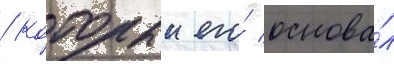
/ которыи его́ основа́л